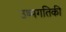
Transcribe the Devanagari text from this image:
उष्मगतिकी